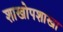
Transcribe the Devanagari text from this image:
शाखोपशाखा